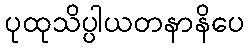
ပုထုသိပ္ပါယတနာနိပေ